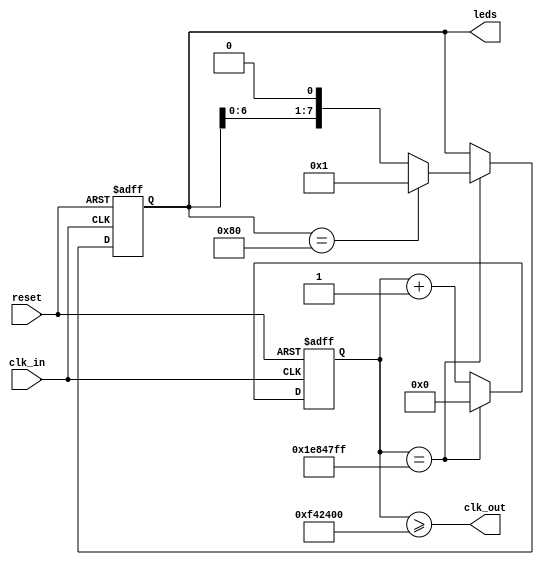
`timescale 1ns / 1ps
///////////////////////////////////////////////////////////////////////////////
// Company: 
// Engineer: 
// 
// Design Name: 
// Module Name:    clock_div 
// Project Name: 
// Target Devices: 
// Tool versions: 
// Description: 
//
// Dependencies: 
//
// Revision: 
// Revision 0.01 - File Created
// Additional Comments: 
//
///////////////////////////////////////////////////////////////////////////////
module clock_div(
        input clk_in,
        input reset,
        output clk_out,
        output [7:0] leds
        );

    reg [24:0] counter;
    reg [7:0] leds_reg;

    initial begin
        counter = 0;
        leds_reg = 1;
    end
                                          // Atlys (100 MHz) Papilio (32 MHz)
    parameter limit = 25'd32000000;       // 27'd100000000   25'd32000000
    parameter limit_half = 25'd16000000;  // 27'd50000000    25'd16000000
    parameter start = 25'd0;

    always @(negedge clk_in or posedge reset) begin
        if (reset) begin
            counter <= start;
            leds_reg <= 1;
        end
        else begin
            if (counter == limit-1) begin
                counter <= start;
                leds_reg <= leds_reg << 1;
                if (leds_reg == 8'b1000_0000)
                    leds_reg <= 1;
            end
            else
                counter <= counter + 1;
        end
    end

    assign clk_out = (counter >= limit_half);
    assign leds = leds_reg;

endmodule